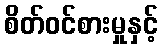
စိတ်ဝင်စားမှုနှင့်